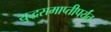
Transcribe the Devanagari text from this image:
युद्धसमाप्तीपर्यंत